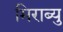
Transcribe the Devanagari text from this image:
मिराब्यु